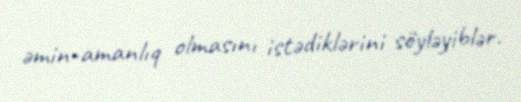
əmin-amanlıq olmasını istədiklərini söyləyiblər.